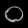
Digit: ၀